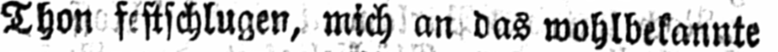
mich an das wohlbekannte